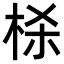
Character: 𬂮